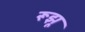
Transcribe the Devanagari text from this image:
रूझू